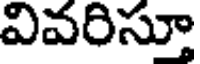
వివరిసూ